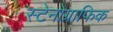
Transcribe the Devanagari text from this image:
स्टेनोग्राफिक